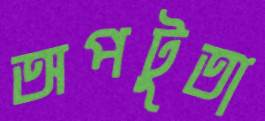
অপটুতা